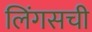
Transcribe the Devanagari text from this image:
लिंगसची